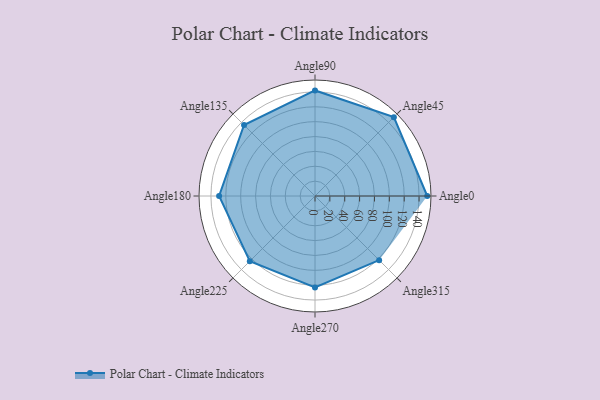
{"axis": {"x": "Angle", "y": "Radius"}, "legend": [""], "data": [{"x": "Angle0", "y": 151.0, "type": ""}, {"x": "Angle45", "y": 150.0, "type": ""}, {"x": "Angle90", "y": 142.0, "type": ""}, {"x": "Angle135", "y": 135.0, "type": ""}, {"x": "Angle180", "y": 129.0, "type": ""}, {"x": "Angle225", "y": 124.0, "type": ""}, {"x": "Angle270", "y": 123.0, "type": ""}, {"x": "Angle315", "y": 122.0, "type": ""}]}